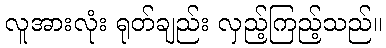
လူအားလုံး ရုတ်ချည်း လှည့်ကြည့်သည်။